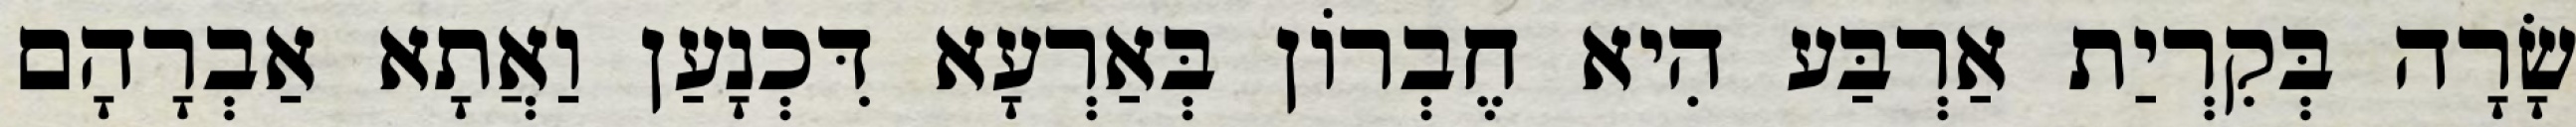
שָׂרָה בְּקִרְיַת אַרְבַּע הִיא חֶבְרוֹן בְּאַרְעָא דִּכְנָעַן וַאֲתָא אַבְרָהָם